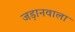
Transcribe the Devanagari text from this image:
जड़ानवाला